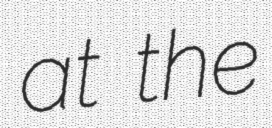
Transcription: at the